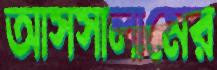
আসসালামের